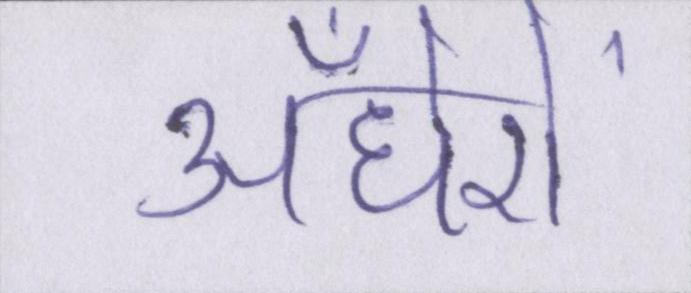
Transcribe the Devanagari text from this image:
अँधेरों